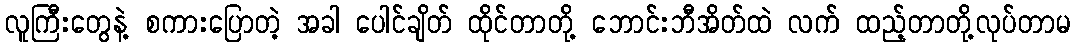
လူကြီးတွေနဲ့ စကားပြောတဲ့ အခါ ပေါင်ချိတ် ထိုင်တာတို့ ဘောင်းဘီအိတ်ထဲ လက် ထည့်တာတို့လုပ်တာမ